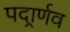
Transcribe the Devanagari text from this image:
पदार्र्णव